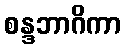
စန္ဒဘာဂိကာ